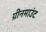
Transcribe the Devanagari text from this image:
ग्रीनमाउंट